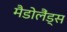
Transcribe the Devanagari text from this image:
मैडोलैंड्स